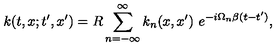
k ( t , x ; t ^ { \prime } , x ^ { \prime } ) = R \sum _ { n = - \infty } ^ { \infty } k _ { n } ( x , x ^ { \prime } ) \ e ^ { - i \Omega _ { n } \beta ( t - t ^ { \prime } ) } ,